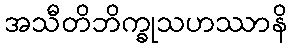
အသီတိဘိက္ခုသဟဿာနိ